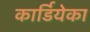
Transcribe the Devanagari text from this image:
कार्डियेका